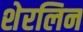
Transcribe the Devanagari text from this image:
शेरलिन